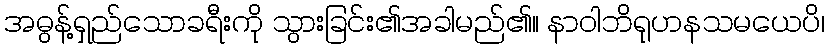
အဓွန့်ရှည်သောခရီးကို သွားခြင်း၏အခါမည်၏။ နာဝါဘိရုဟနသမယေပိ၊